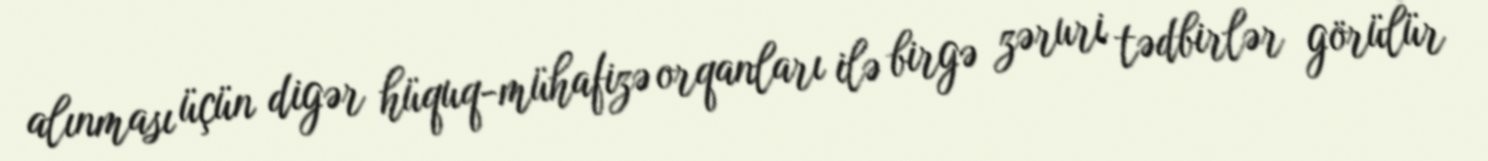
alınması üçün digər hüquq-mühafizə orqanları ilə birgə zəruri tədbirlər görülür